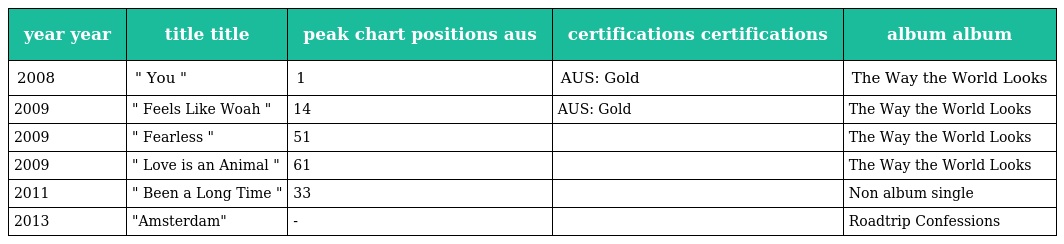
| year year | title title | peak chart positions aus | certifications certifications | album album |
 | --- | --- | --- | --- | --- |
 | 2008 | " You " | 1 | AUS: Gold | The Way the World Looks |
 | 2009 | " Feels Like Woah " | 14 | AUS: Gold | The Way the World Looks |
 | 2009 | " Fearless " | 51 |  | The Way the World Looks |
 | 2009 | " Love is an Animal " | 61 |  | The Way the World Looks |
 | 2011 | " Been a Long Time " | 33 |  | Non album single |
 | 2013 | "Amsterdam" | - |  | Roadtrip Confessions |